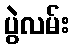
ပွဲလမ်း